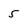
Character: 5